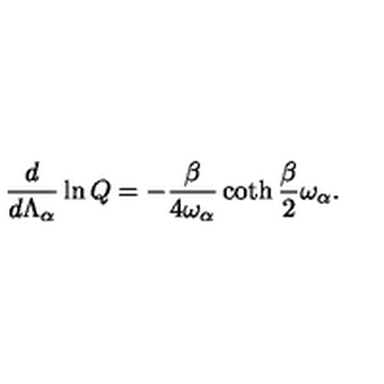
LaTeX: { \frac { d } { d \Lambda _ { \alpha } } } \ln Q = - { \frac { \beta } { 4 \omega _ { \alpha } } } \coth { \frac { \beta } { 2 } } \omega _ { \alpha } .